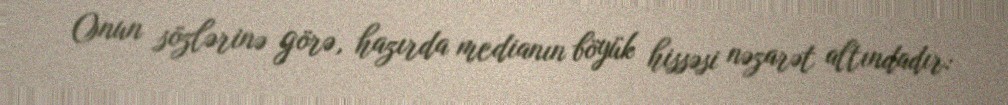
Onun sözlərinə görə, hazırda medianın böyük hissəsi nəzarət altındadır: